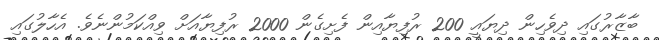
ބާޒާރުގައި ދިވެހިން ދިޔައީ 200 ރުފިޔާއިން ފެށިގެން 2000 ރުފިޔާއަށް ވިއްކަމުންނެވެ. އެހާލުގައި